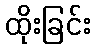
ထိုးခြင်း